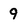
Character: 9